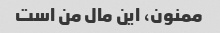
ممنون، این مال من است